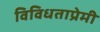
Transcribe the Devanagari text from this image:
विविधताप्रेमी